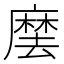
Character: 𭙽